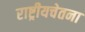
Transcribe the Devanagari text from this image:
राष्ट्रीयचेतना